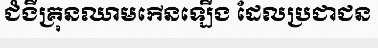
ជំងឺគ្រុនឈាមកើនឡើង ដែលប្រជាជន